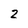
Character: 2